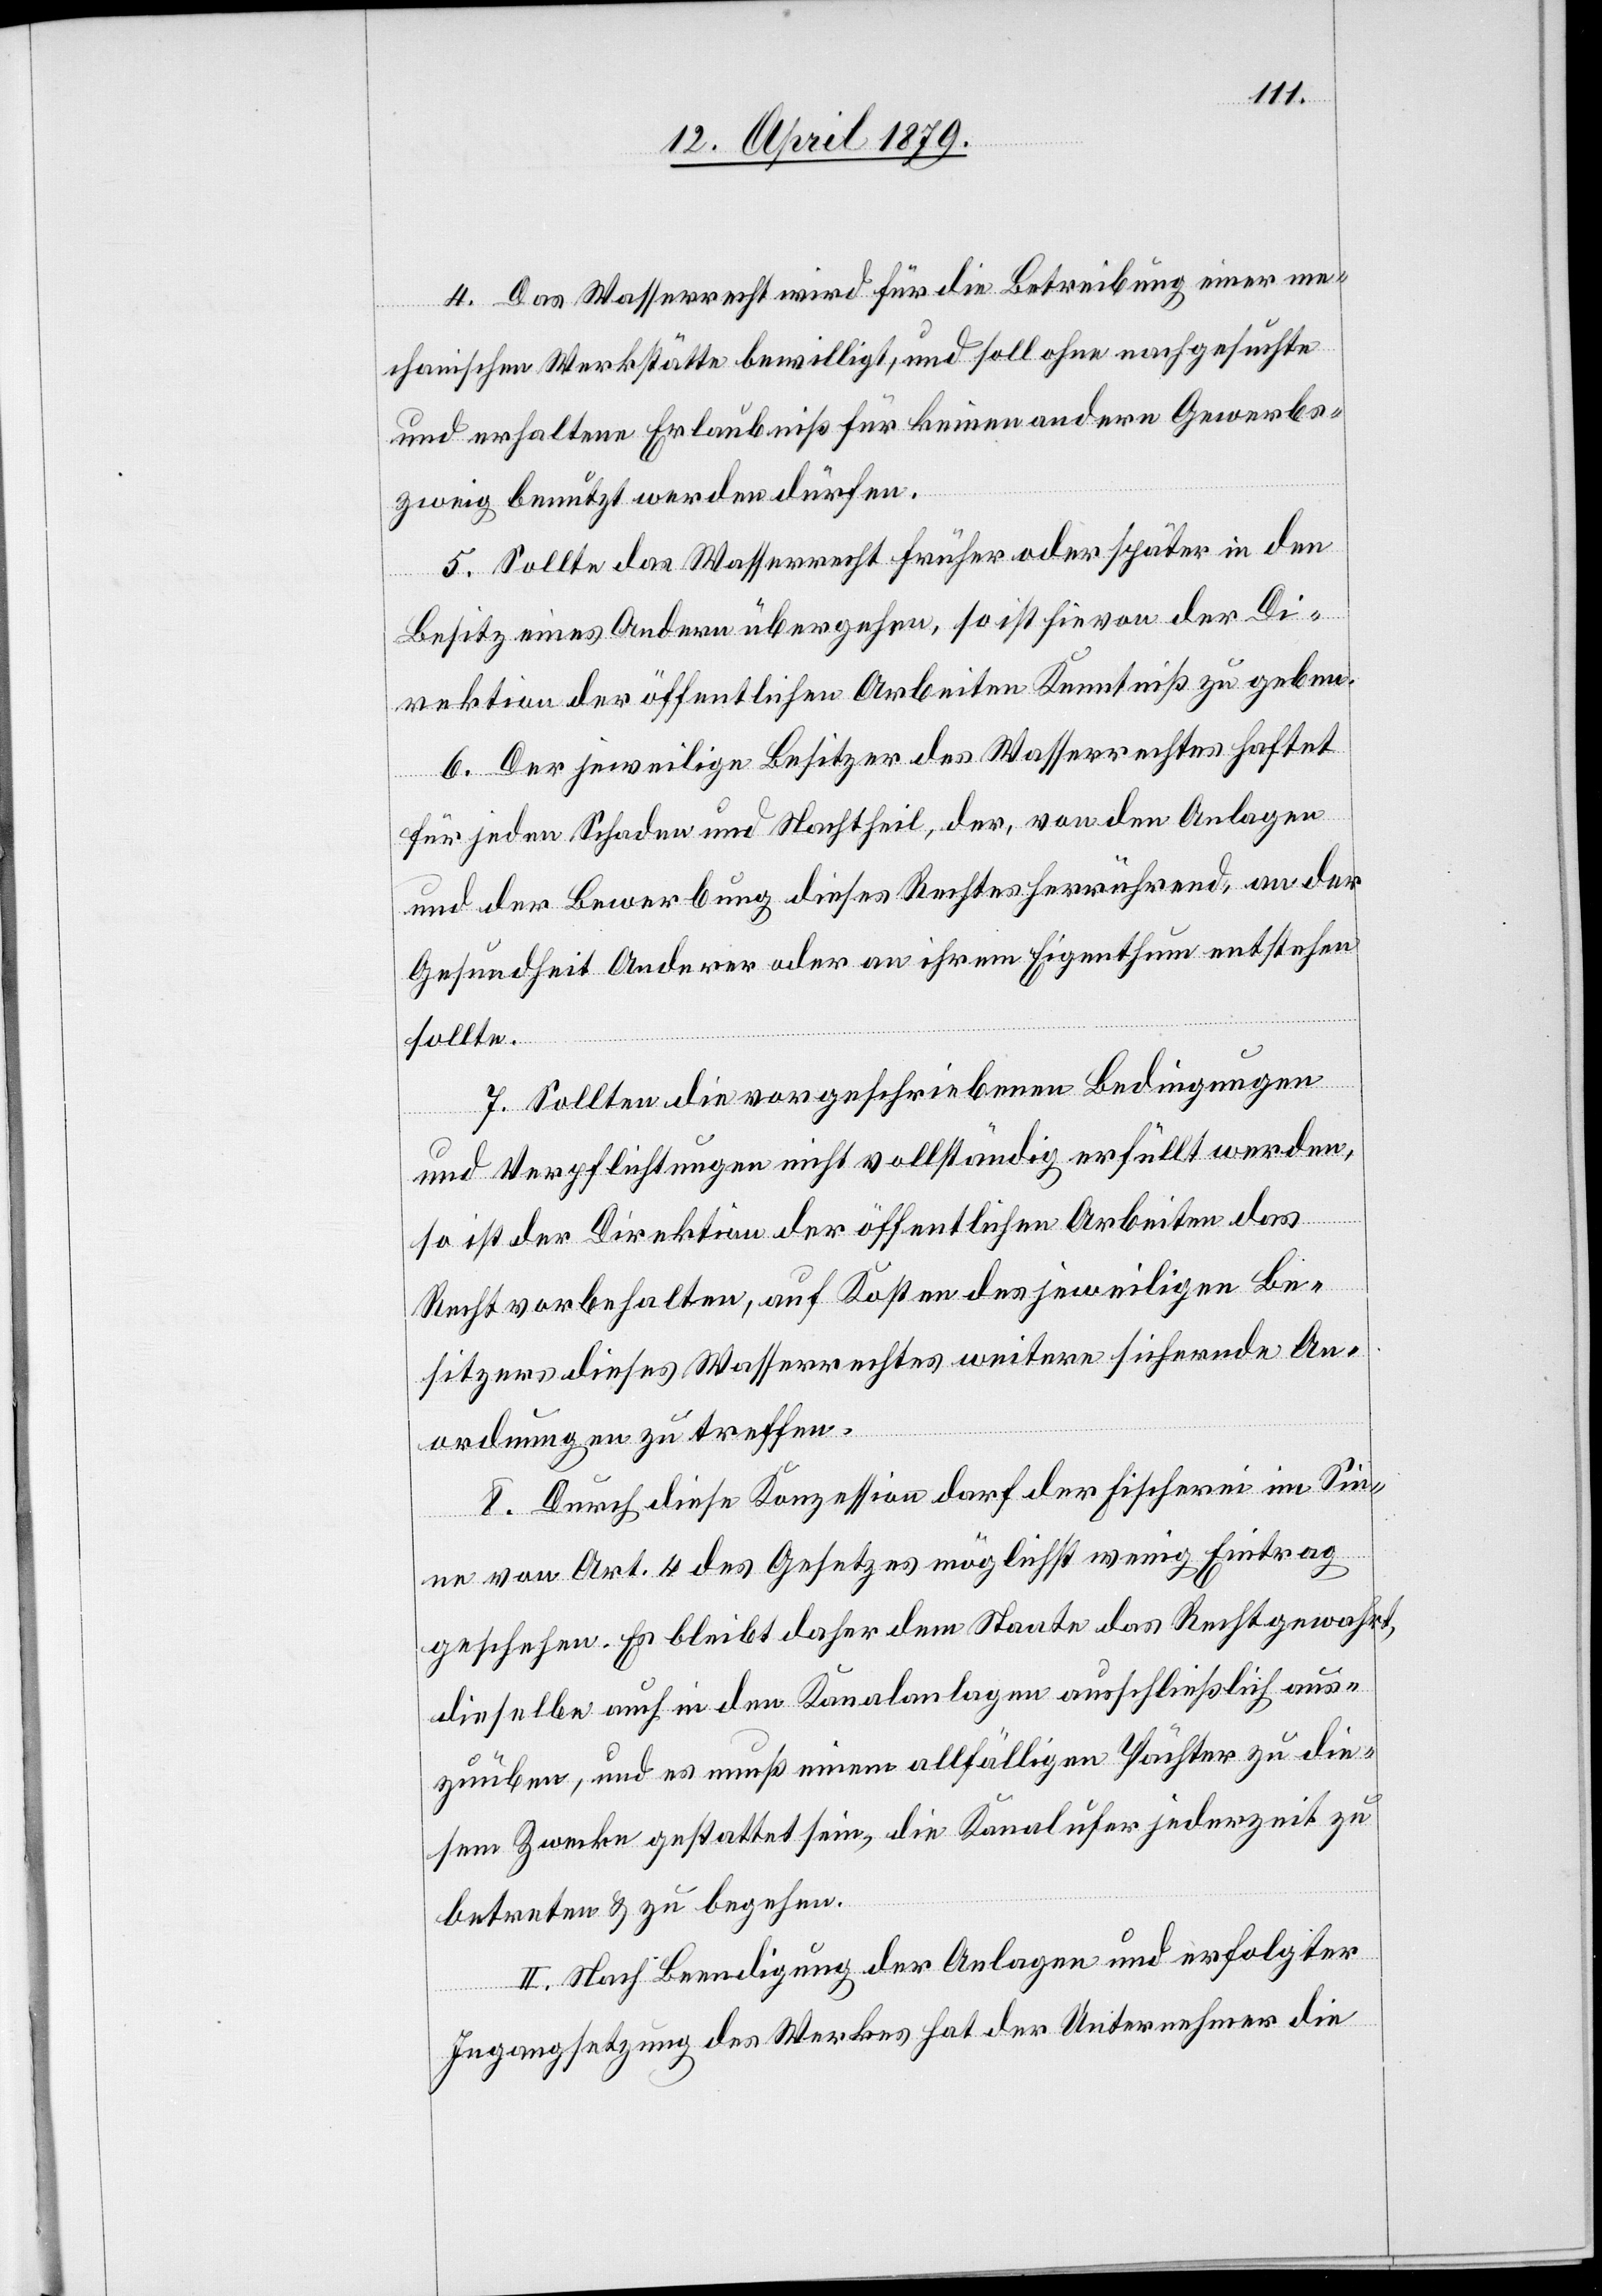
4. Das Wasserrecht wird für die Betreibung einer me¬
chanischen Werkstätte bewilligt, und soll ohne nachgesuchte
und erhaltene Erlaubniß für keinen andern Gewerbs¬
zweig benutzt werden dürfen.
5. Sollte das Wasserrecht früher oder später in den
Besitz eines Andern übergehen, so ist hievon der Di¬
rektion der öffentlichen Arbeiten Kenntniß zu geben.
6. Der jeweilige Besitzer des Wasserrechtes haftet
für jeden Schaden und Nachtheil, der, von den Anlagen
und der Bewerbung dieses Rechtes herrührend, an der
Gesundheit Anderer oder an ihrem Eigenthum entstehen
sollte.
7. Sollten die vorgeschriebenen Bedingungen
und Verpflichtungen nicht vollständig erfüllt werden,
so ist der Direktion der öffentlichen Arbeiten das
Recht vorbehalten, auf Kosten des jeweiligen Be¬
sitzers dieses Wasserrechtes weitere sichernde An¬
ordnungen zu treffen.
8. Durch diese Konzession darf der Fischerei im Sin¬
ne von Art. 4 des Gesetzes möglichst wenig Eintrag
geschehen. Es bleibt daher dem Staate das Recht gewahrt,
dieselbe auch in den Kanalanlagen ausschließlich aus¬
zuüben, und es muß einem allfälligen Pächter zu die¬
sem Zwecke gestattet sein, die Kanalufer jederzeit zu
betreten & zu begehen.
II. Nach Beendigung der Anlagen und erfolgter
Ingangsetzung des Werkes hat der Unternehmer die